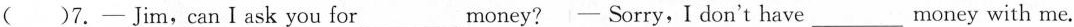
( )7. —Jim,canIask you for___money?— Sorry, I don't have___money with me.